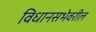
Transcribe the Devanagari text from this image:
विधानसभेवरील